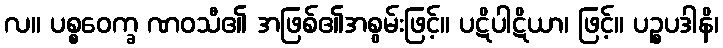
လ။ ပစ္စဝေက္ခ ဏဝသီ၏ အဖြစ်၏အစွမ်းဖြင့်။ ပဋိပါဋိယာ၊ ဖြင့်။ ပဉ္စပဒါနိ၊